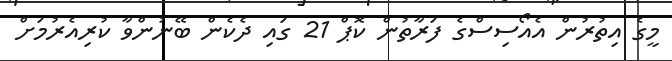
މީގެ އިތުރުން އެއޯސިސްގެ ފަރާތުން ކޮޕް 21 ގައި ދެކެން ބޭނުންވާ ކުރިއެރުމަށް